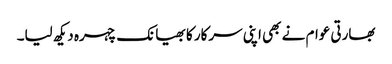
بھارتی عوام نے بھی اپنی سرکار کا بھیانک چہرہ دیکھ لیا۔